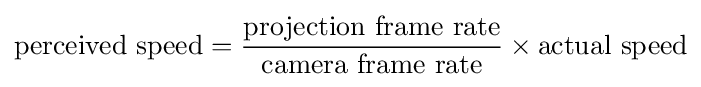
\mathrm {perceived\ speed} ={\frac {\mathrm {projection\ frame\ rate} }{\mathrm {camera\ frame\ rate} }}\times \mathrm {actual\ speed}